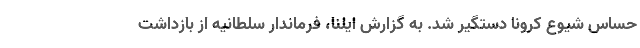
حساس شیوع کرونا دستگیر شد. به گزارش ایلنا، فرماندار سلطانیه از بازداشت